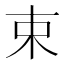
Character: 束